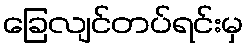
ခြေလျင်တပ်ရင်းမှ